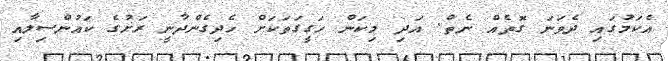
އެކަމުގައި ދެވަނަ ގޮތެއް ނެތް. އަދި މިކަން ހަގީގަތަކަށް ހެދިގެންދާނީ ރަށުގެ ކައުންސިލާއި